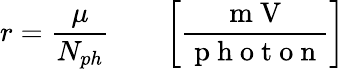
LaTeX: r=\frac{\mu}{N_{ph}}\qquad\left[\frac{\mathrm{~m~V~}}{\mathrm{~p~h~o~t~o~n~}}\right]